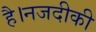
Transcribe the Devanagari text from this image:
है।नजदीकी